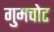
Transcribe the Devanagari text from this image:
गुमचोट